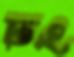
ঢং